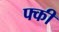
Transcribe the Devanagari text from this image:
फ्की